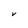
Character: V